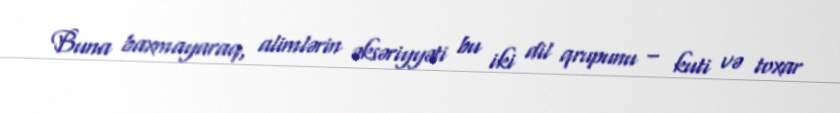
Buna baxmayaraq, alimlərin əksəriyyəti bu iki dil qrupunu – kuti və toxar